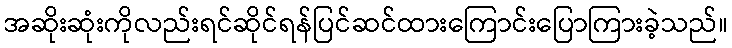
အဆိုးဆုံးကိုလည်းရင်ဆိုင်ရန်ပြင်ဆင်ထားကြောင်းပြောကြားခဲ့သည်။